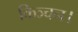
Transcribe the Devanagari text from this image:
किञ्चन।